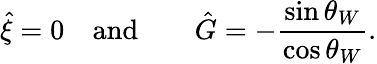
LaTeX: \hat{\xi}=0\quad\mathrm{and}\qquad\hat{G}=-\frac{\sin\theta_{W}}{\cos\theta_{W}}.